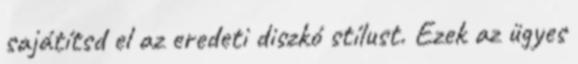
sajátítsd el az eredeti diszkó stílust. Ezek az ügyes